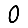
Digit: 0